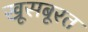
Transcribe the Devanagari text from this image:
खूसबूरत